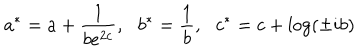
LaTeX: a ^ { * } = a + \frac { 1 } { b e ^ { 2 c } } , \: \: \: b ^ { * } = \frac { 1 } { b } , \: \: \: c ^ { * } = c + \log \left( \pm i b \right)